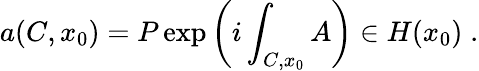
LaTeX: a(C,x_{0})=P\exp\left(i\int_{C,x_{0}}A\right)\in H(x_{0})\; .